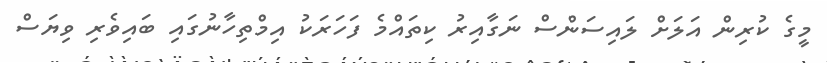
މީގެ ކުރިން އަލަށް ލައިސަންސް ނަގާއިރު ކިތައްމެ ފަހަރަކު އިމްތިހާނުގައި ބައިވެރި ވިޔަސް